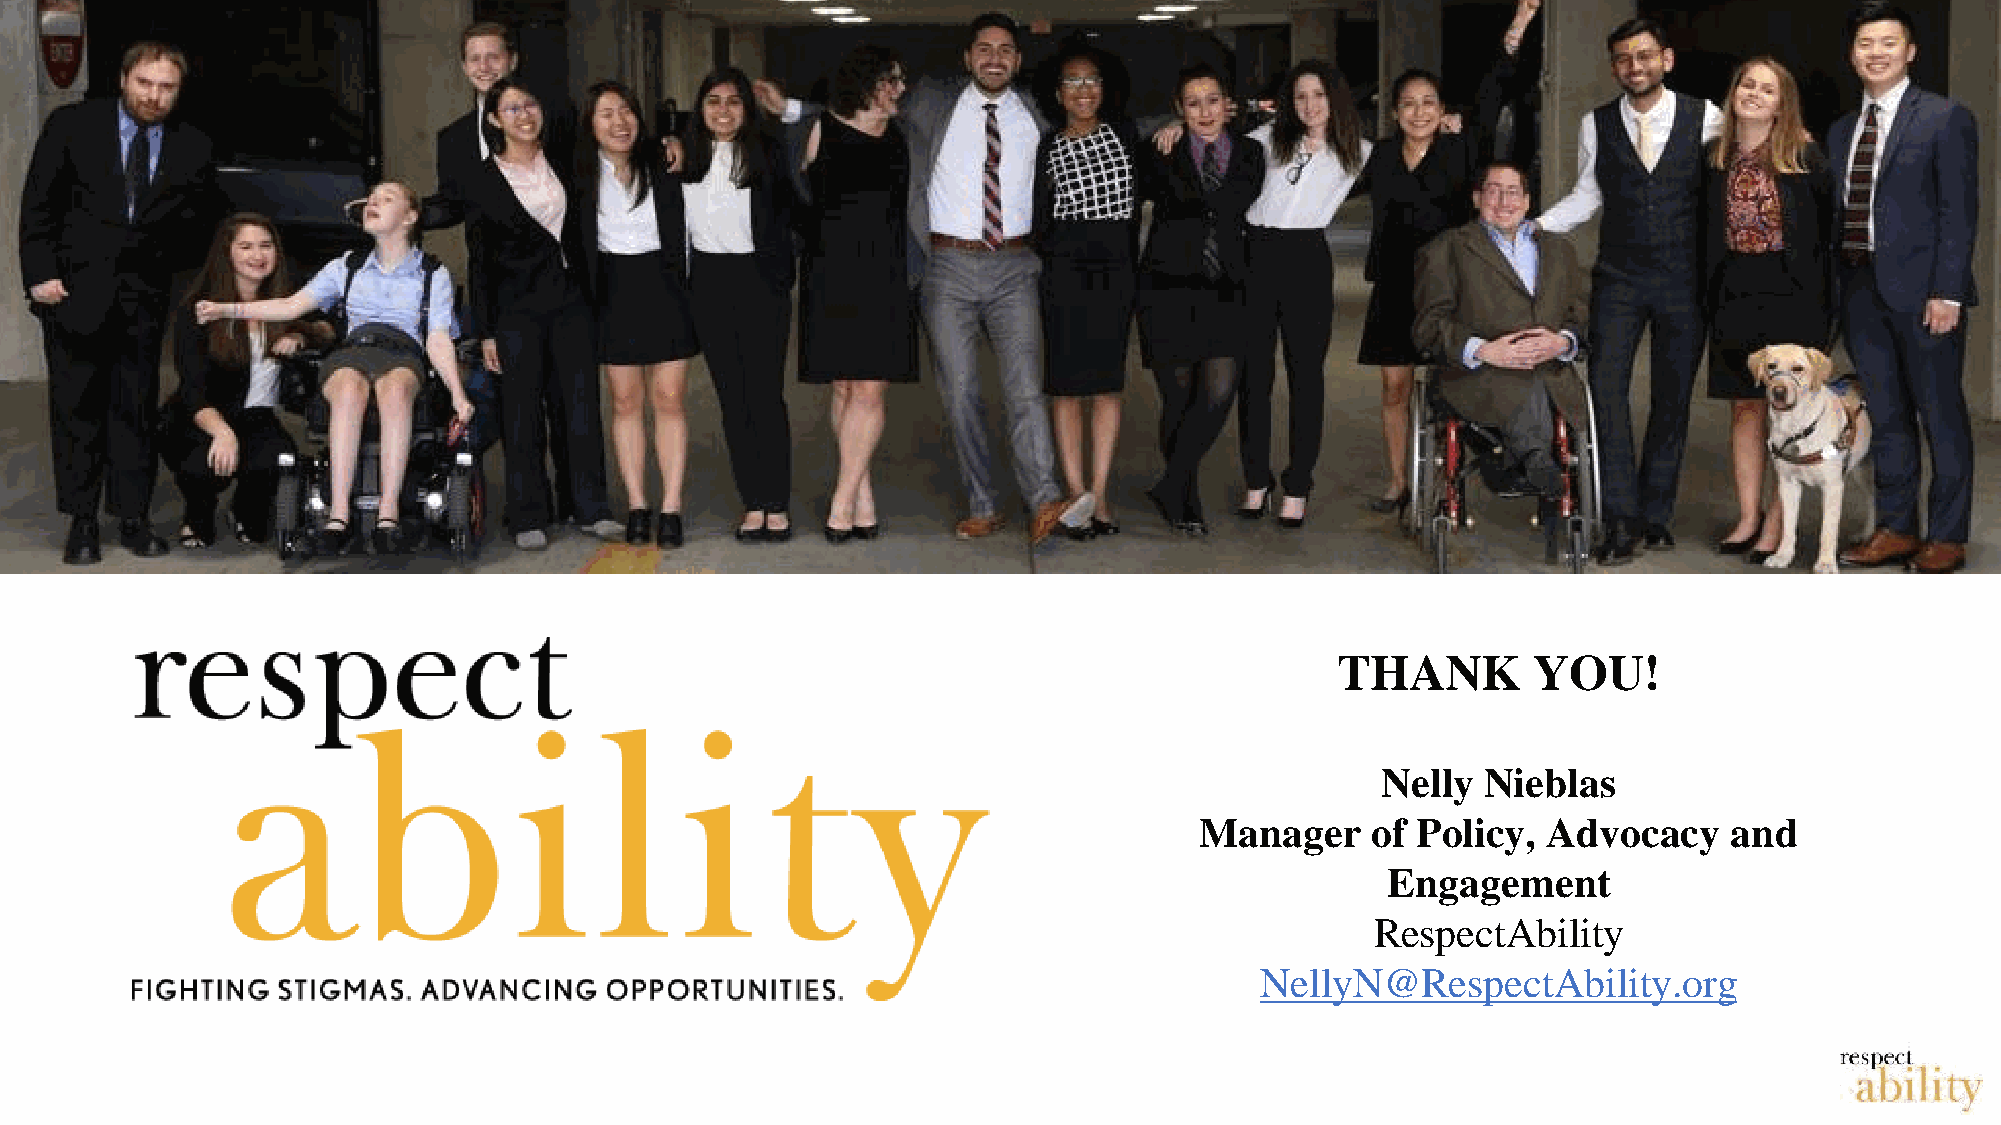
THANK        YOU!
 Nelly  Nieblas
 Manager     of Policy, Advocacy     and
 Engagement
 RespectAbility
 NellyN@RespectAbility.org